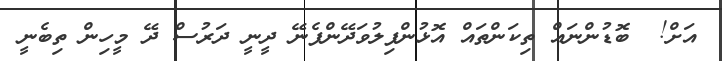
އަށް!  ބޮޑުންނައް ތިކަންތައް އޮޅުންފިލުވަދޭންފެނޭ ދީނީ ދަރުސް ދޭ މީހިން ތިބެނީ